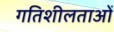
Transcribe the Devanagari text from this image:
गतिशीलताओं